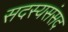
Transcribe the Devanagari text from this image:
सदस्यसंसद